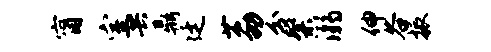
甯室共鼎廷荔分粲溺伸谷振